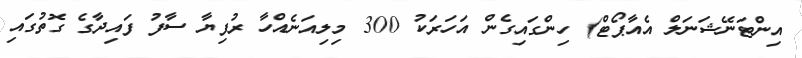
އިންޓަނޭޝަނަލް އެއާޕޯޓް) ހިންގައިގެން އަހަރަކު 300 މިލިއަނެއްހާ ރުފިޔާ ސާފު ފައިދާގެ ގޮތުގައި